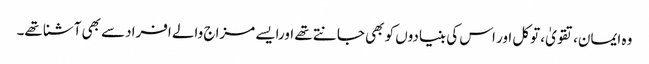
وہ ایمان،تقویٰ، توکل اور اس کی بنیادوں کو بھی جانتے تھے اورایسے مزاج والے افرادسے بھی آشنا تھے۔